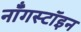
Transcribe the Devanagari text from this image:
नॉँगस्टॉइन